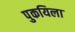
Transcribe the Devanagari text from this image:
पुकयिला